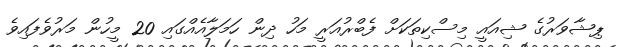
ޕިޝާވަރުގެ ޝިއައީ މިސްކިތަކަށް ފެބްރުއަރީ މަހު ދިން ހަމަލާއެއްގައި 20 މީހުން މަރުވެފައިވެ